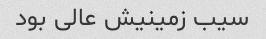
سیب زمینیش عالی بود